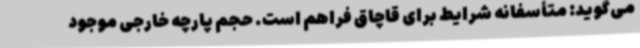
می‌گوید: متأسفانه شرایط برای قاچاق فراهم است. حجم پارچه خارجی موجود